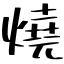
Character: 燒